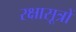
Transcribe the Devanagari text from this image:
रक्षासूत्रों